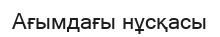
Ағымдағы нұсқасы